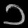
Digit: ၁